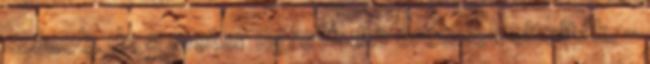
srácok, de a motor ugrott. Az oroszok eltolták. –